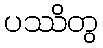
ပဿိတွ